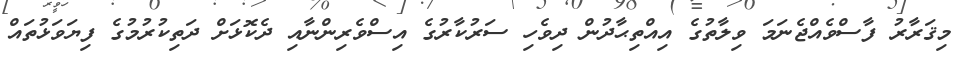
މިޤަރާރު ފާސްވެއްޖެނަމަ ވިލާތުގެ އިއްތިޙާދުން ދިވެހި ސަރުކާރުގެ އިސްވެރިންނާއި ދެކޮޅަށް ދަތިކުރުމުގެ ފިޔަވަޅުތައް